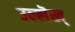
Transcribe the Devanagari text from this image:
उल्लॆख्